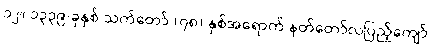
၁၂။ ၁၃၃၉-ခုနှစ် သက်တော် (၇၈) နှစ်အရောက် နတ်တော်လပြည့်ကျော်